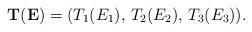
LaTeX: \begin{align*}{\mathbf T}({\mathbf E}) = (T_1(E_1),\,T_2(E_2),\,T_3(E_3)).\end{align*}